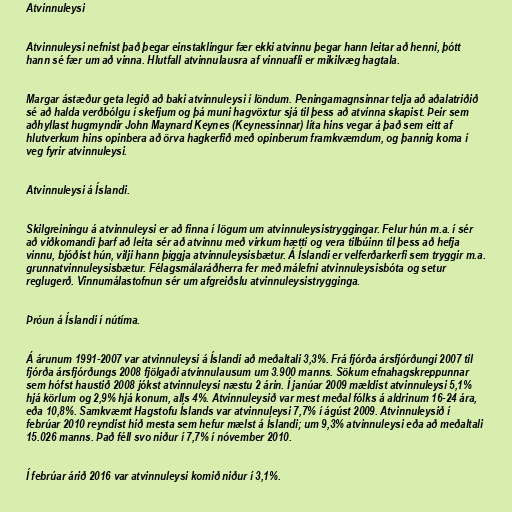
Atvinnuleysi

Atvinnuleysi nefnist það þegar einstaklingur fær ekki atvinnu þegar hann leitar að henni, þótt
hann sé fær um að vinna. Hlutfall atvinnulausra af vinnuafli er mikilvæg hagtala.

Margar ástæður geta legið að baki atvinnuleysi í löndum. Peningamagnsinnar telja að aðalatriðið
sé að halda verðbólgu í skefjum og þá muni hagvöxtur sjá til þess að atvinna skapist. Þeir sem
aðhyllast hugmyndir John Maynard Keynes (Keynessinnar) líta hins vegar á það sem eitt af
hlutverkum hins opinbera að örva hagkerfið með opinberum framkvæmdum, og þannig koma í
veg fyrir atvinnuleysi.

Atvinnuleysi á Íslandi.

Skilgreiningu á atvinnuleysi er að finna í lögum um atvinnuleysistryggingar. Felur hún m.a. í sér
að viðkomandi þarf að leita sér að atvinnu með virkum hætti og vera tilbúinn til þess að hefja
vinnu, bjóðist hún, vilji hann þiggja atvinnuleysisbætur. Á Íslandi er velferðarkerfi sem tryggir m.a.
grunnatvinnuleysisbætur. Félagsmálaráðherra fer með málefni atvinnuleysisbóta og setur
reglugerð. Vinnumálastofnun sér um afgreiðslu atvinnuleysistrygginga.

Þróun á Íslandi í nútíma.

Á árunum 1991-2007 var atvinnuleysi á Íslandi að meðaltali 3,3%. Frá fjórða ársfjórðungi 2007 til
fjórða ársfjórðungs 2008 fjölgaði atvinnulausum um 3.900 manns. Sökum efnahagskreppunnar
sem hófst haustið 2008 jókst atvinnuleysi næstu 2 árin. Í janúar 2009 mældist atvinnuleysi 5,1%
hjá körlum og 2,9% hjá konum, alls 4%. Atvinnuleysið var mest meðal fólks á aldrinum 16-24 ára,
eða 10,8%. Samkvæmt Hagstofu Íslands var atvinnuleysi 7,7% í ágúst 2009. Atvinnuleysið í
febrúar 2010 reyndist hið mesta sem hefur mælst á Íslandi; um 9,3% atvinnuleysi eða að meðaltali
15.026 manns. Það féll svo niður í 7,7% í nóvember 2010.

Í febrúar árið 2016 var atvinnuleysi komið niður í 3,1%.